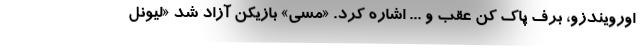
اورویندزو، برف پاک کن عقب و ... اشاره کرد. «مسی» بازیکن آزاد شد «لیونل